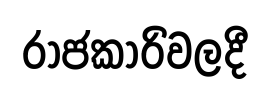
රාජකාරිවලදී